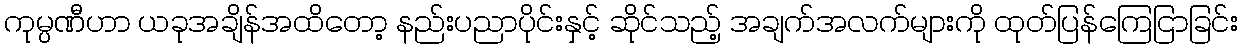
ကုမ္ပဏီဟာ ယခုအချိန်အထိတော့ နည်းပညာပိုင်းနှင့် ဆိုင်သည့် အချက်အလက်များကို ထုတ်ပြန်ကြေငြာခြင်း